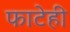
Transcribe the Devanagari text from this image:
फाटेही